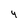
Character: 4